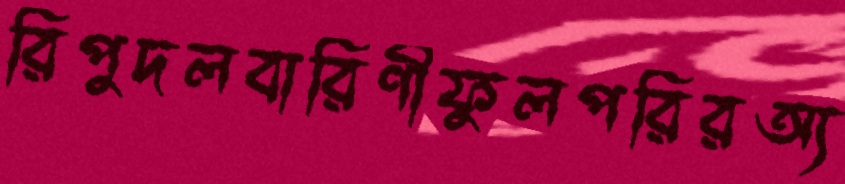
রিপুদলবারিণীফুলপরিরঅ্য